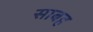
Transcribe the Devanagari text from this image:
साबह